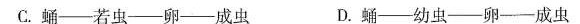
C.蛹—若虫—卵—成虫 D.蛹—幼虫—卵—成虫